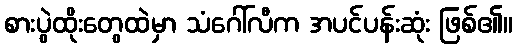
စားပွဲထိုးတွေထဲမှာ သံဂေါ်လီက အပင်ပန်းဆုံး ဖြစ်၏။